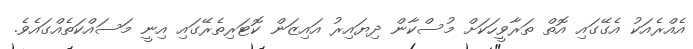
އެއްރެއަކު އެގޭގައި އޮތް ތަރާވީހަކަށް މުސްކާން ދިޔައިރު އައިޒަން ކޮޓަރިތެރޭގައި އިނީ މަސައްކަތެއްގައެވެ.